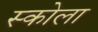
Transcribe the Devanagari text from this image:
स्कोला